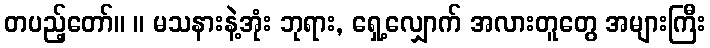
တပည့်တော်။ ။ မသနားနဲ့အုံး ဘုရား, ရှေ့လျှောက် အလားတူတွေ အများကြီး